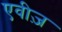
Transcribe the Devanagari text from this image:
एवीज़